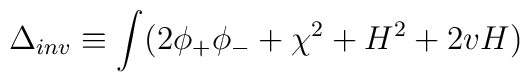
\Delta_{inv} \equiv \int( 2 \phi_+ \phi_- + \chi ^2 + H^2 + 2 v H)